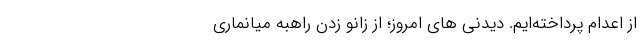
از اعدام پرداخته‌ایم. دیدنی های امروز؛ از زانو زدن راهبه میانماری